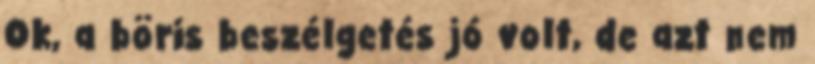
Ok, a böris beszélgetés jó volt, de azt nem